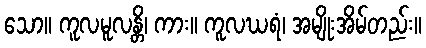
သော။ ကူလမူလန္တိ၊ ကား။ ကူလဃရံ၊ အမျိုးအိမ်တည်း။